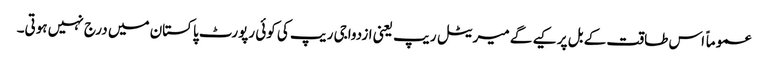
عموماً اس طاقت کے بل پر کیے گے میریٹل ریپ یعنی ازدواجی ریپ کی کوئی رپورٹ پاکستان میں درج نہیں ہوتی۔